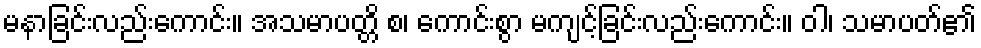
မနာခြင်းလည်းကောင်း။ အသမာပတ္တိ စ၊ ကောင်းစွာ မကျင့်ခြင်းလည်းကောင်း။ ဝါ၊ သမာပတ်၏